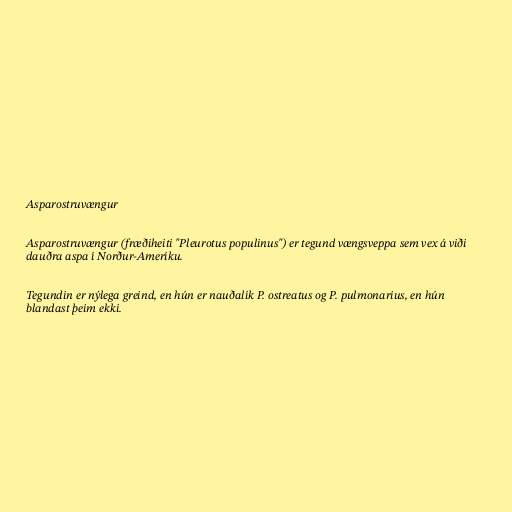
Asparostruvængur

Asparostruvængur (fræðiheiti "Pleurotus populinus") er tegund vængsveppa sem vex á viði
dauðra aspa í Norður-Ameríku.

Tegundin er nýlega greind, en hún er nauðalík P. ostreatus og P. pulmonarius, en hún
blandast þeim ekki.